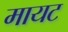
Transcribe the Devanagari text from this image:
मायट